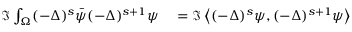
\begin{array} { r l } { \Im \int _ { \Omega } ( - \Delta ) ^ { s } \Bar { \psi } ( - \Delta ) ^ { s + 1 } \psi } & { { } = \Im \left\langle ( - \Delta ) ^ { s } \psi , ( - \Delta ) ^ { s + 1 } \psi \right\rangle } \end{array}